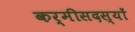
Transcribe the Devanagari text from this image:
कर्मीसदस्यों